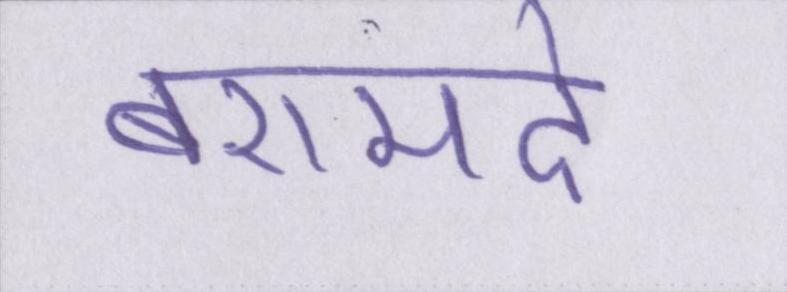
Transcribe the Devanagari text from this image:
बरामदे